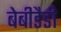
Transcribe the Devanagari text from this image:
बेबीडैडी